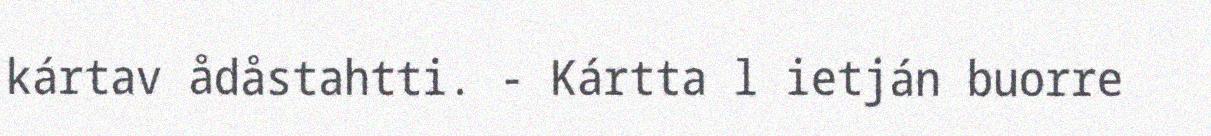
kártav ådåstahtti. - Kártta l ietján buorre